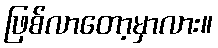
ဖြစ်လာတော့မှာလား။